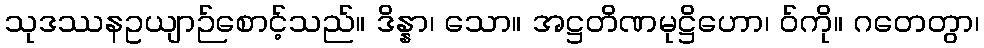
သုဒဿနဥယျာဉ်စောင့်သည်။ ဒိန္နာ၊ သော။ အဋ္ဌတိဏမုဋ္ဌိဟော၊ ဝ်ကို။ ဂတေတွာ၊